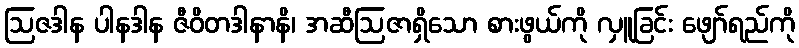
ဩဇဒါန ပါနဒါန ဇီဝိတဒါနာနိ၊ အဆီဩဇာရှိသော စားဖွယ်ကို လှူခြင်း ဖျော်ရည်ကို